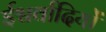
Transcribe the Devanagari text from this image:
ईश्वर्वादियों